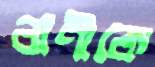
বাণীকে